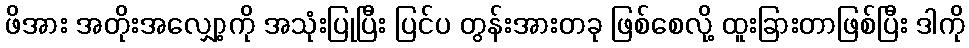
ဖိအား အတိုးအလျှော့ကို အသုံးပြုပြီး ပြင်ပ တွန်းအားတခု ဖြစ်စေလို့ ထူးခြားတာဖြစ်ပြီး ဒါကို